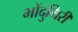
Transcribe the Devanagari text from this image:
भोंदुगिरी